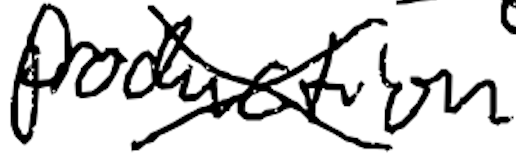
Text: production
Cross-out: cross
Writing tool: digital_black